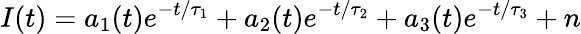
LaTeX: I(t)=a_{1}(t)e^{-t/\tau_{1}}+a_{2}(t)e^{-t/\tau_{2}}+a_{3}(t)e^{-t/\tau_{3}}+n